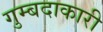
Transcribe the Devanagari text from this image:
गुम्बदाकारी